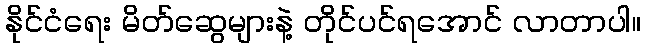
နိုင်ငံရေး မိတ်ဆွေများနဲ့ တိုင်ပင်ရအောင် လာတာပါ။